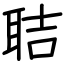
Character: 聐